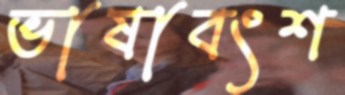
ভাষাবংশ